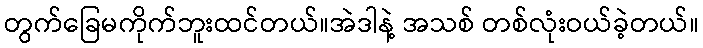
တွက်ခြေမကိုက်ဘူးထင်တယ်။အဲဒါနဲ့ အသစ် တစ်လုံးဝယ်ခဲ့တယ်။